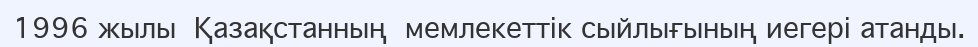
1996 жылы  Қазақстанның  мемлекеттік сыйлығының иегері атанды.